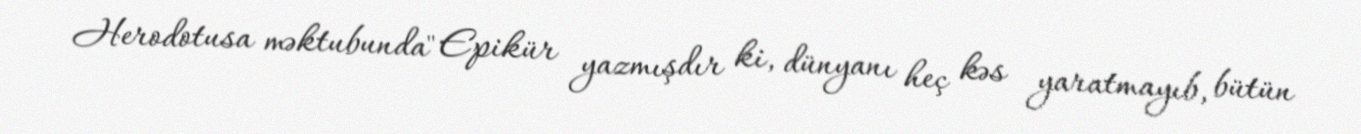
Herodotusa məktubunda" Epikür yazmışdır ki, dünyanı heç kəs yaratmayıb, bütün